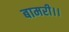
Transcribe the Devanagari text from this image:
बामरी।।